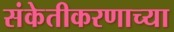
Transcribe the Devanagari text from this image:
संकेतीकरणाच्या